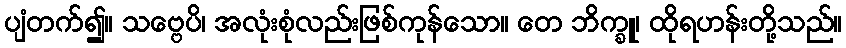
ပျံတက်၍။ သဗ္ဗေပိ၊ အလုံးစုံလည်းဖြစ်ကုန်သော။ တေ ဘိက္ခူ၊ ထိုရဟန်းတို့သည်။